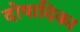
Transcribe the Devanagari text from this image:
दोषादिका